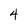
Character: 4